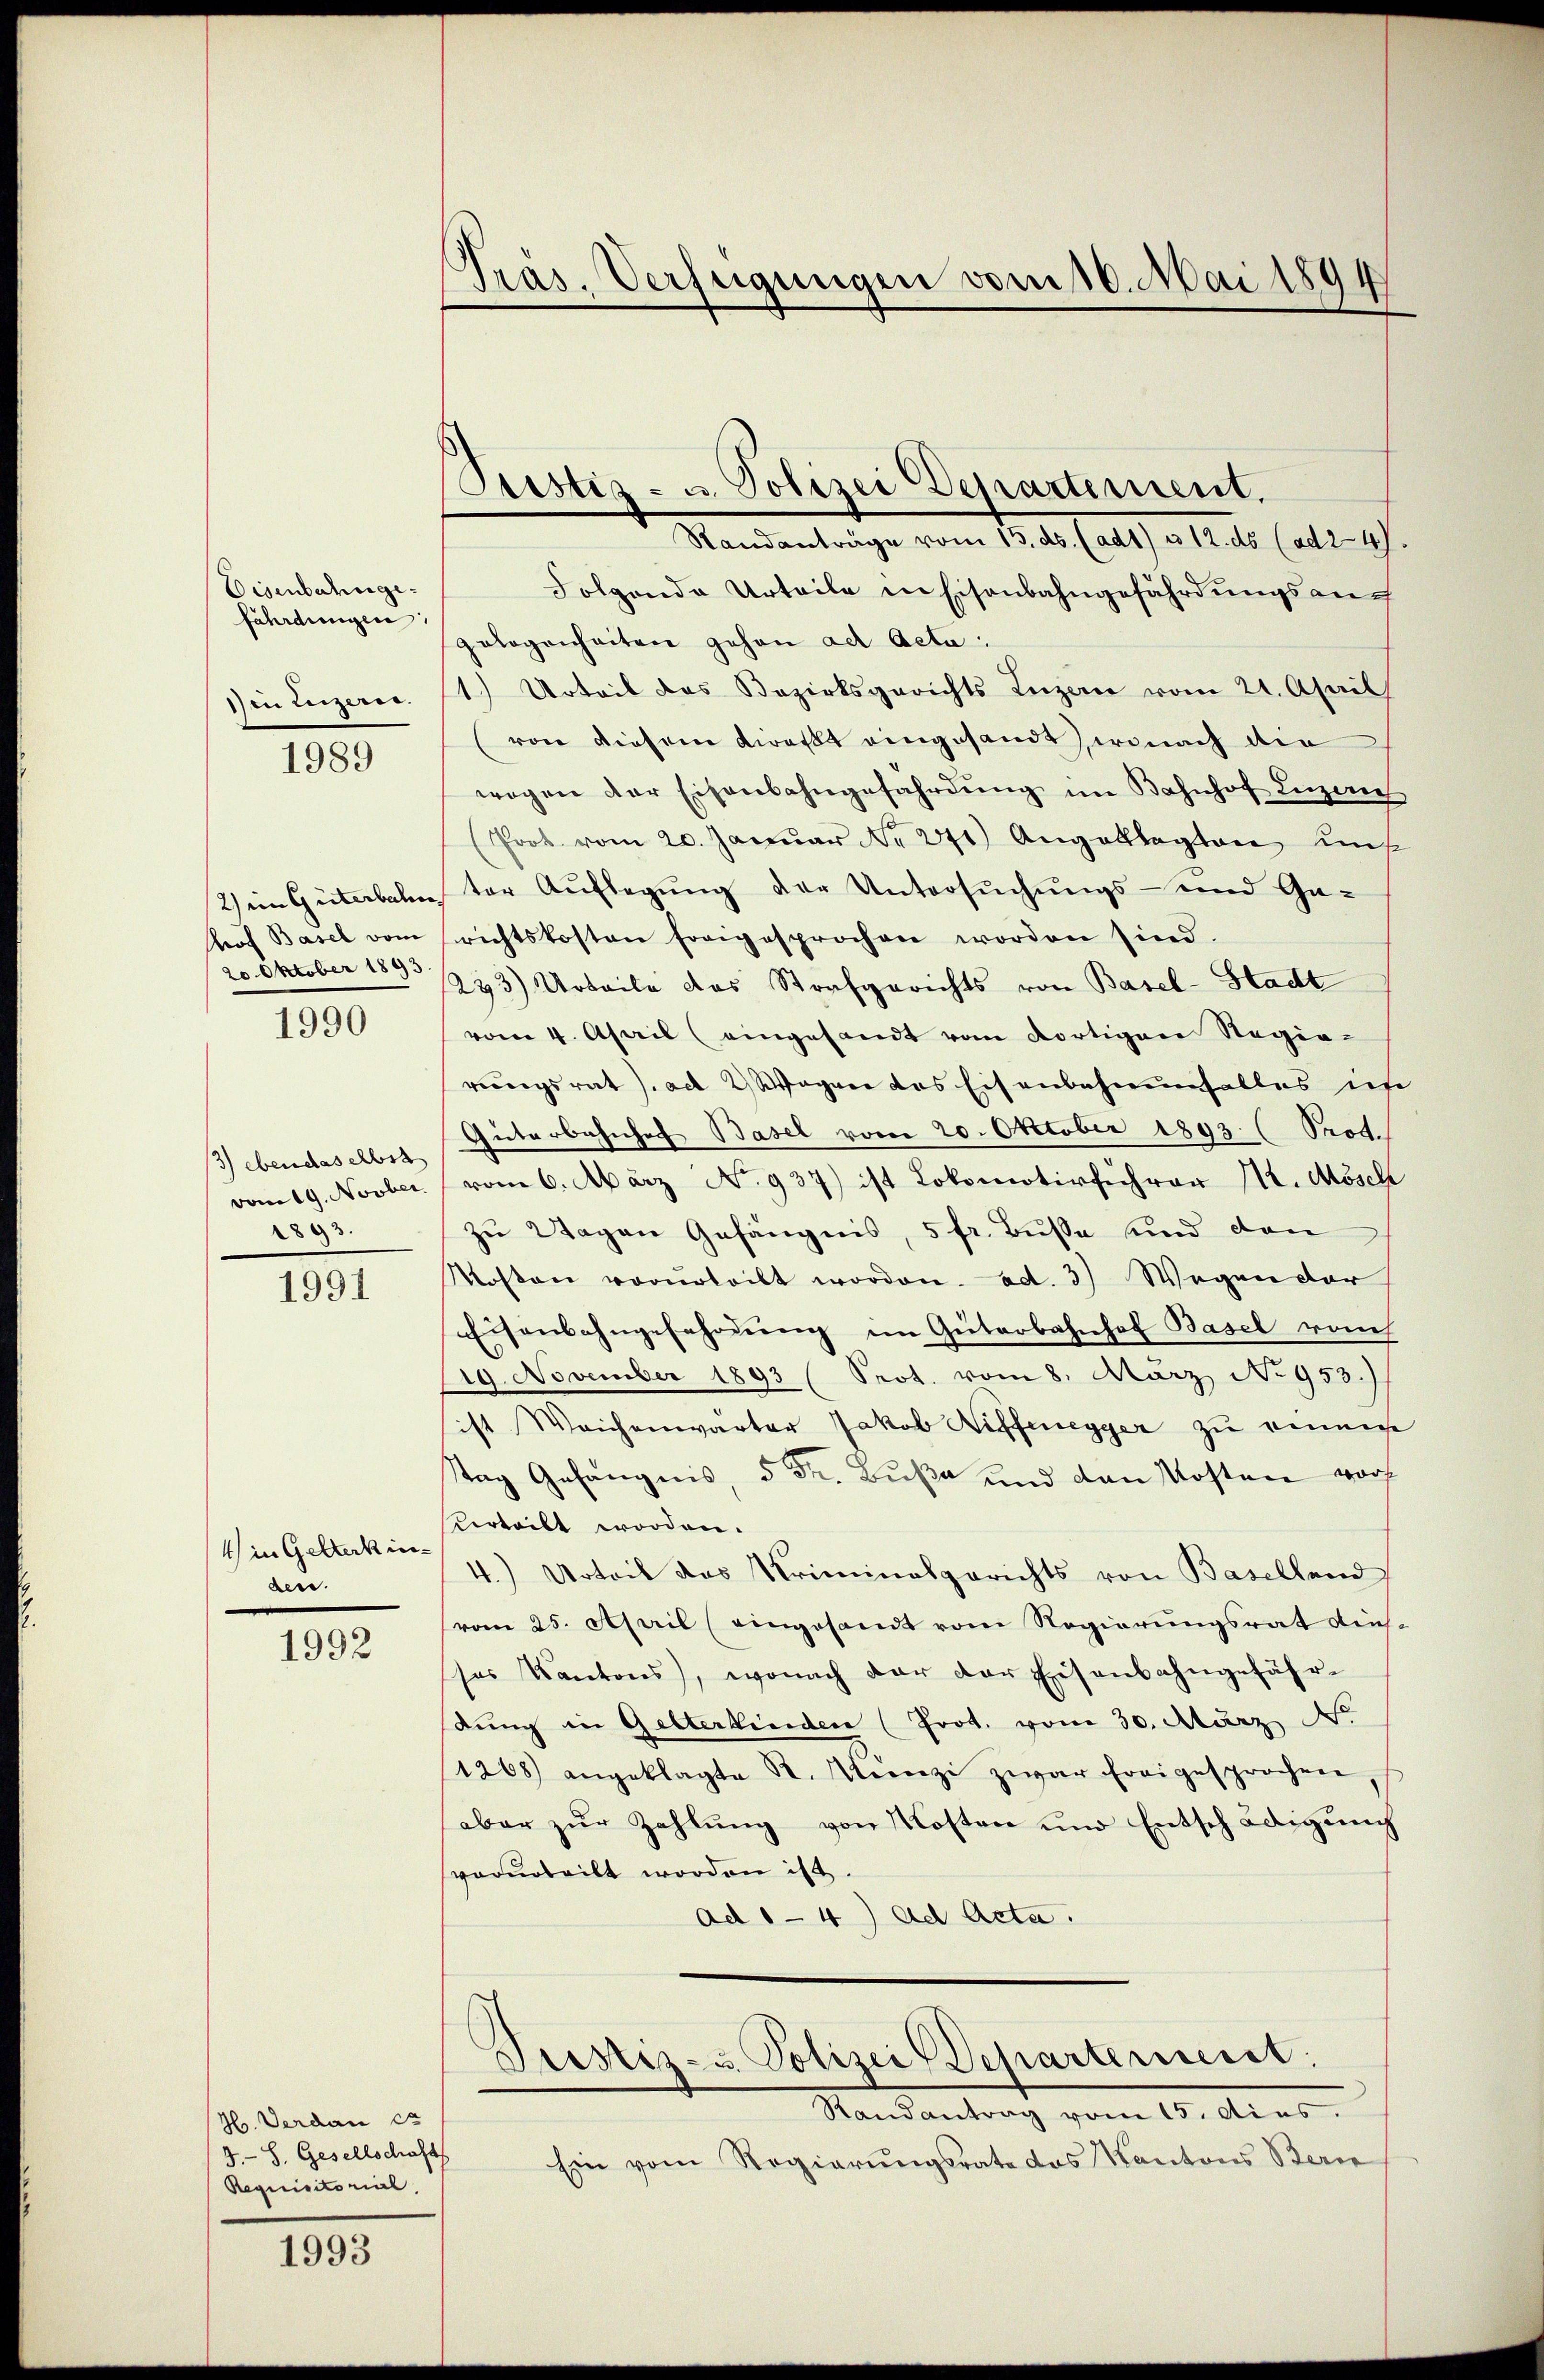
Eisenbahngefährdungen:
in Luzern.

1989

2) im Güterbahn
Prof Basel vom
20. Oktober 1893

1990

/3) ebendaselbst
vom 19. Novber
1893.

1991

4) in Gelterkinden.

1992

H. Verdan es
3.-S. Gesellschaft
Requisitorial,

1993

Präs. Verfeigungen vom 10. Mai 1894

Ptestiz- u. Polizei Departement.

Randanträge vom 15. ds. (ad1) u. 12. ds (ad 247.
Folgende Urteile in Eisenbahngefährdungsangelegenheiten gehen ad Acta:
1.) Urteil des Bezirksgerichts Luzern vom 21. April
von diesem walkt eingesandt, wonach der
wogen der Eisenbahngefährdung im Bahnhof Luzer
Prot. vom 20. Janŭar Nr. 271) Angeklagten unt
ter Aŭflegŭng der Untersŭchŭngs- und Ga-
richtskosten forgesprochen worden sind.
233) Urteile das Strafgerichts von Basel-Stadt
vom 4. April (eingesandt vom dortigen Regie-
rungsrat J. ad 2) Wagen des Eisenbahnenfalles in
Güterbahnhof Basel vom 20. October 1893 (Prot.
vom 6. März No. 937.) ist Lokomotivführer 112. Mösch
zu Wagen Gefängnis, 5 fr. Busse und den
Kosten vorurteilt worden. ad. 3) Wegen der
Eisenbahngefahrdŭng im Güterbahnhof Basel rauch
19. November 1893 (Prot. vom 8. März No 953.)
ist Weichenwarter Jakob Riffenegger zu einnere
Tag Gefängnis, 5 Fr. Buße und den Kosten vorh
verteilt worden.
4.) Urteil das Kriminalgerichts von Baselland
vom 25. April (eingesandt vom Regierungsrat dies-
ses Kantons, wonach der der Eisenbahngefähr-
dung in Gelterkinden (Prot. vom 30. März d.
1268) angeklagte Sr. Künzi zwar freigesprochen,
aber zur Zahlung von Kosten und Entschädigung
vorurteilt worden ist
ad 1 - 4) ad Acta.
Prestes- u. Polizei Departemenst:
Randantrag vom 15. dies
Ein vom Regierungsrate das Kantons Berne